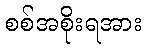
စစ်အစိုးရအား